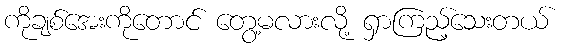
ကိုချစ်အေးကိုတောင် တွေ့မလားလို့ ရှာကြည့်သေးတယ်